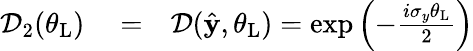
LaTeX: \begin{array}{rlr}{\mathcal{D}_{2}(\theta_{\mathrm{L}})}&{{}=}&{\mathcal{D}(\hat{\mathbf y},\theta_{\mathrm{L}})=\exp\left(-\frac{i\sigma_{y}\theta_{\mathrm{L}}}{2}\right)}\end{array}